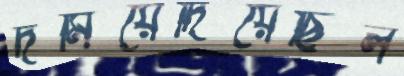
দমিয়েদিয়েছিল